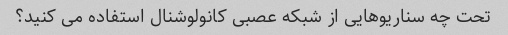
تحت چه سناریوهایی از شبکه عصبی کانولوشنال استفاده می کنید؟